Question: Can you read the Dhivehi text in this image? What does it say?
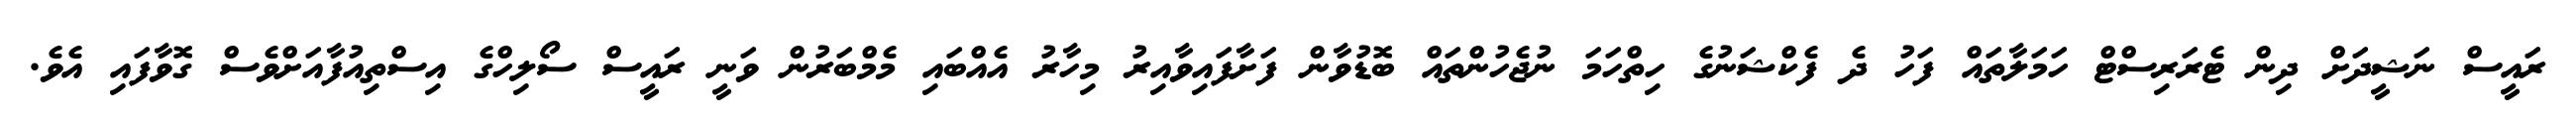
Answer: ރައީސް ނަޝީދަށް ދިން ޓެރަރިސްޓް ހަމަލާތައް ފަހު ދެ ފެކްޝަނުގެ ހިތްހަމަ ނުޖެހުންތައް ބޮޑުވާން ފަށާފައިވާއިރު މިހާރު އެއްބައި މެމްބަރުން ވަނީ ރައީސް ސޯލިހްގެ އިސްތިއުފާއަށްވެސް ގޮވާފައި އެވެ.